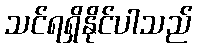
သင်ရရှိနိုင်ပါသည်